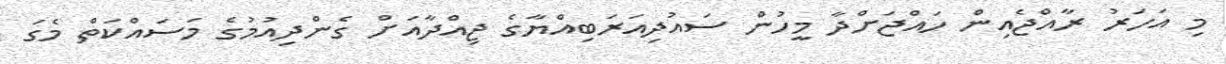
މި އަހަރު ރާއްޖެއިން ހައްޖަށްދާ މީހުން ސައުދިއަރަބިއްޔާގެ ޖިއްދާއަށް ގެންދިއުމުގެ މަސައްކަތް މެގަ